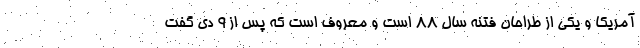
آمریکا و یکی از طراحان فتنه سال ۸۸ است و معروف است که پس از ۹ دی گفت